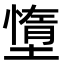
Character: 墯